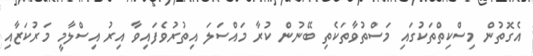
އެގޮތުން މިސްކިތްތަކުގައި މަސްތުވާތަކެތި ބޭނުން ކުރާ މައްސަލަ އިތުރުވެފައިވާ އިރު އިސްލާމީ މަރުކަޒާއި